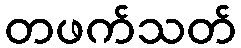
တဖက်သတ်